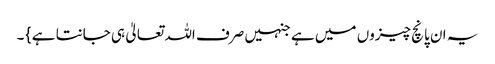
یہ ان پانچ چیزوں میں ہے جنہیں صرف اللہ تعالیٰ ہی جانتا ہے } ۔